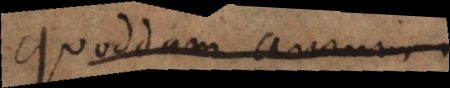
quoddam aurum